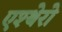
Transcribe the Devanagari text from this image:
एश्थेरो